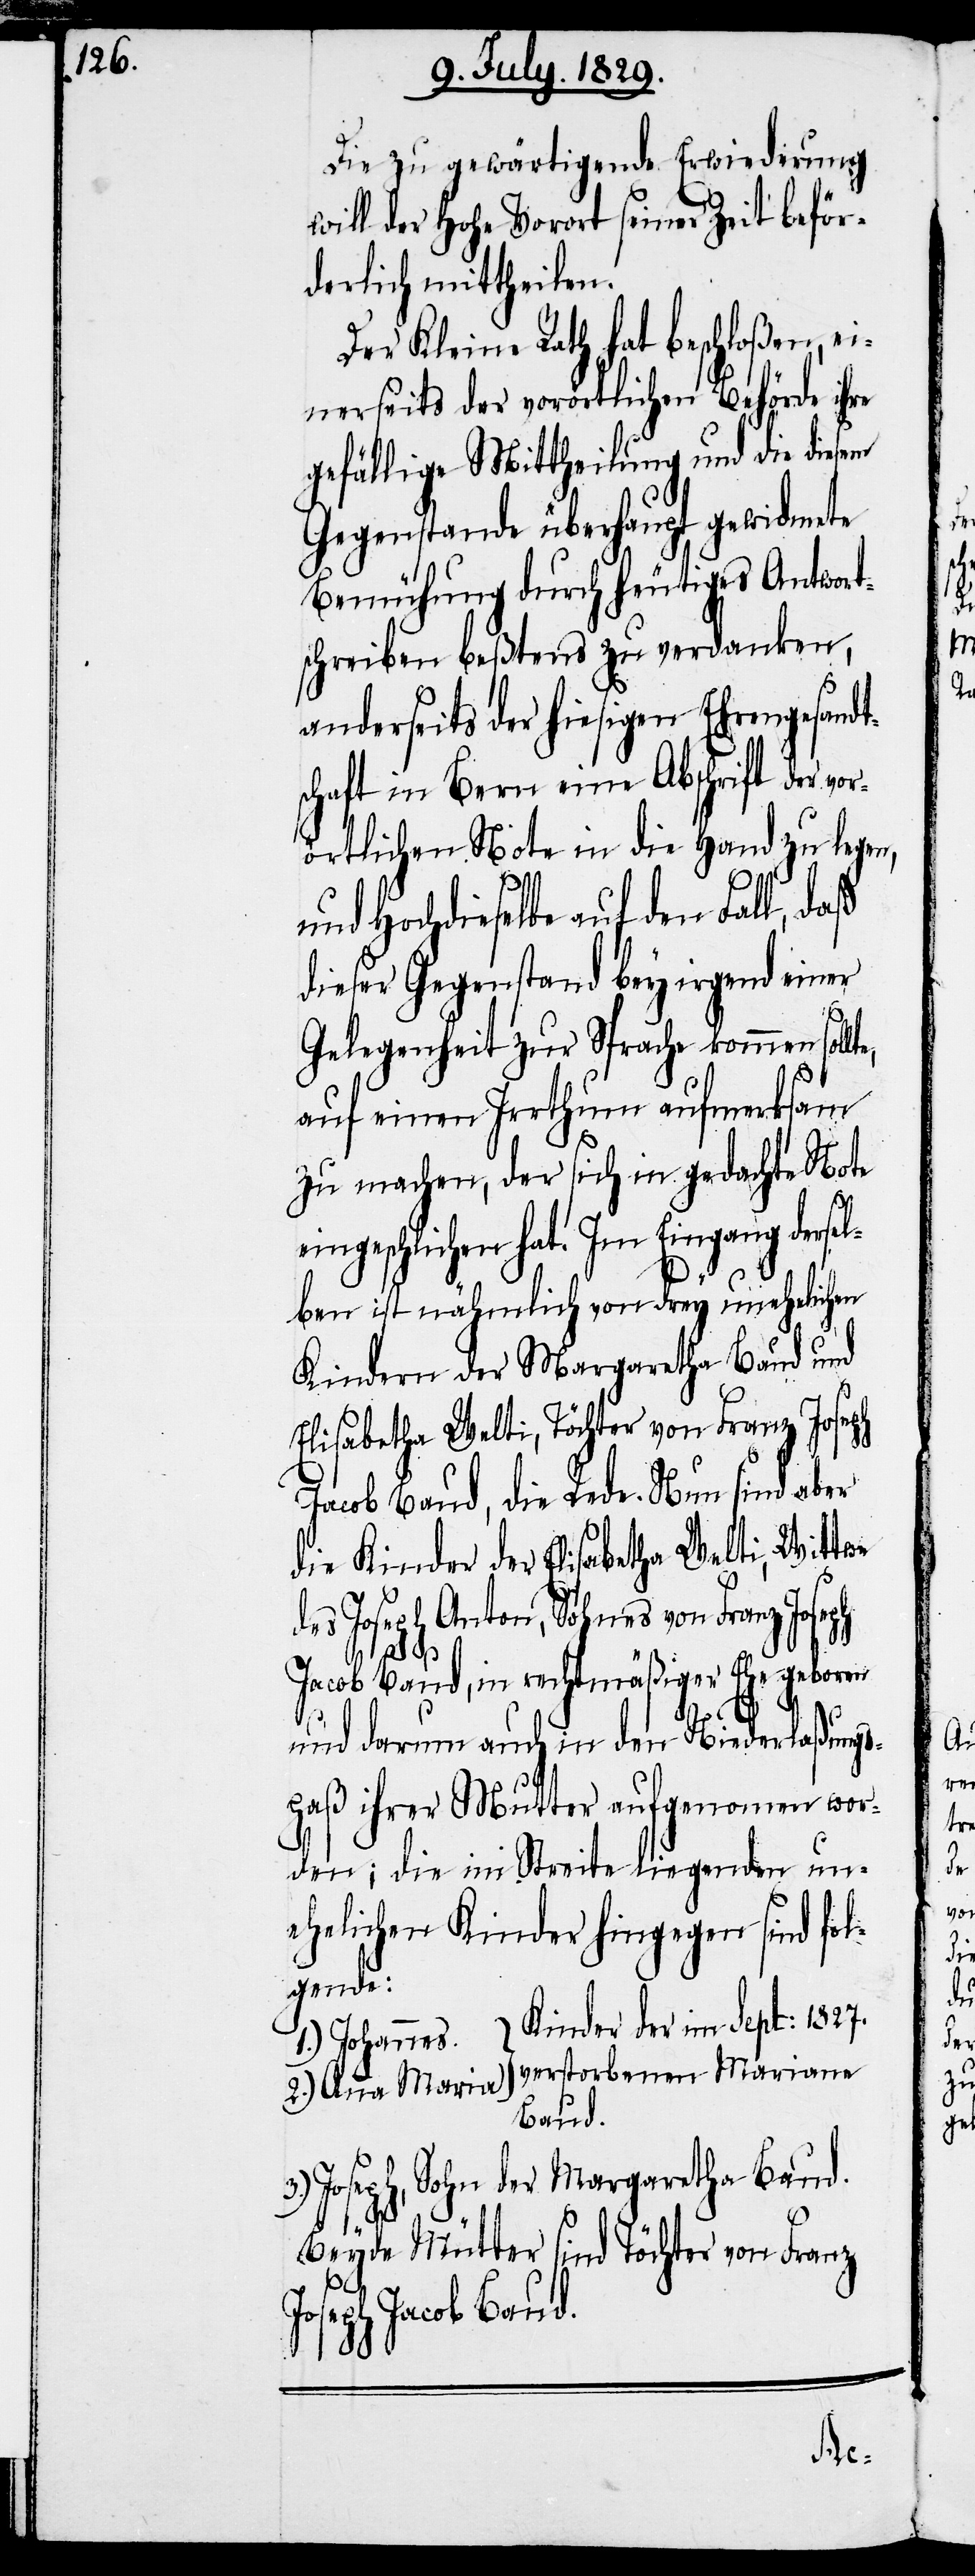
Die zu gewärtigende Erwiederung
will der Hohe Vorort seiner Zeit beför¬
derlich mittheilen.
Der Kleine Rath hat beschloßen, e¬
inerseits der vorörtlichen Behörde ihre
gefällige Mittheilung und die diesem
Gegenstande überhaupt gewidmete
Bemühung durch heutiges Antwort¬
schreiben beßtens zu verdanken,
anderseits der hiesigen Ehrengesandt¬
schaft in Bern eine Abschrift der vo¬
rörtlichen Note in die Hand zu legen,
3.)
und Hochdieselbe auf den Fall, daß
dieser Gegenstand bey irgend einer
Gelegenheit zur Sprache kommen soll¬
auf einen Irrthum aufmerksam
zu machen, der sich in gedachte Note
eingeschlichen hat. Im Eingang dersel¬
ben ist nähmlich von drey unehelichen
Kindern der Margaretha Baud und
Elisabetha Welti, Töchter von Franz Joseph
Jacob Baud, die Rede. Nun sind aber
die Kinder der Elisabetha Welti, Wittwe
des Joseph Anton, Sohn von Franz Jose¬
ph
Jacob Baud, in rechtmäßiger Ehe geboren
te,
und darum auch in den Niederlaßungs¬
paß ihrer Mutter aufgenommen wor¬
den; die im Streite liegenden un¬
ehelichen Kinder hingegen sind fol¬
gende:
[Kinder der im Sept: 1827.
1.) Johannes.
verstorbenen Mariane
2.) Anna Maria
Baud.]
Joseph, Sohn der Margaretha Baud.
Beyde Mütter sind Töchter von Franz
Joseph Jacob Baud.